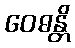
ဝေဓန္တိ